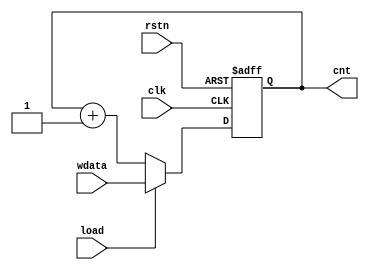
// 5_bit counter
`timescale 1ns/1ns

module counter  #(parameter width = 5)
(
    input                      clk   ,
    input                      rstn  ,
    input                      load  ,
    input       [width-1:0]    wdata ,
    
    output reg  [width-1:0]    cnt
);

always  @(posedge clk or negedge rstn) begin
    if(!rstn)
        cnt <=  5'd0;
    else if(load)
        cnt <=  wdata;
    else
        cnt <=  cnt + 1'b1;
end

endmodule